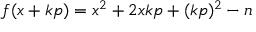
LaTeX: f ( x + k p ) = x ^ { 2 } + 2 x k p + ( k p ) ^ { 2 } - n